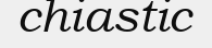
chiastic